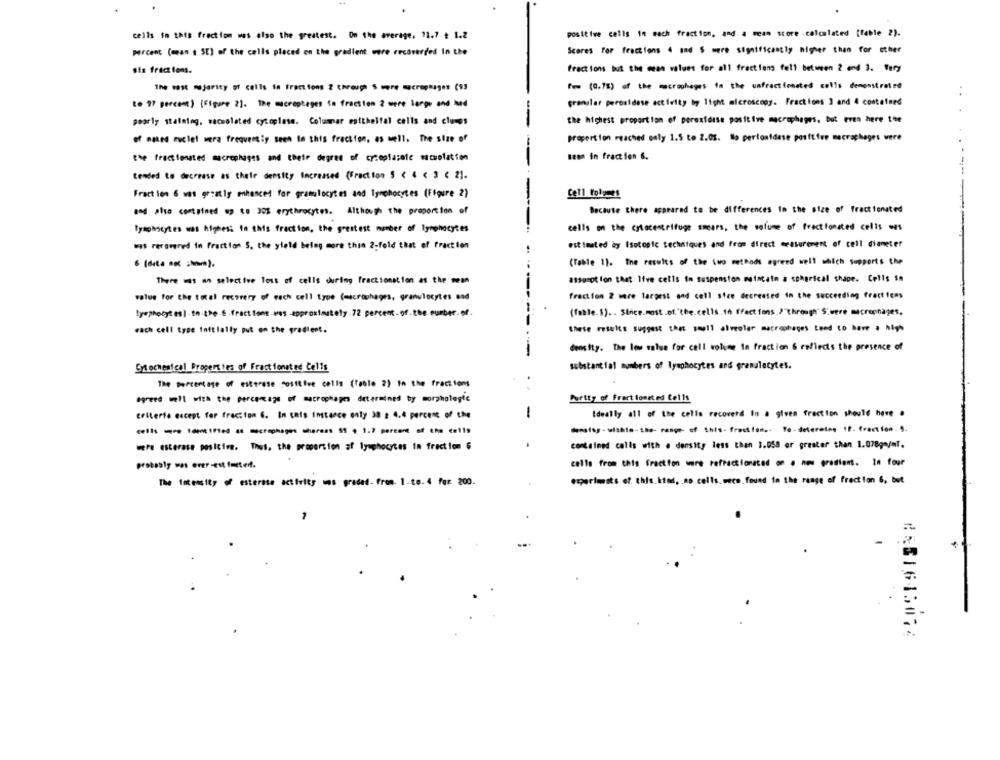
cells in this fraction was also the greatest. On the average, 71.7 ₺ 1.2
positive cells in mach fraction, and a mean score .calculated [fable 2).
percent (man t SE) of the cells placed on the gradient were recoveryed in the
Scores for fractions 4 and S were significantly higher than for other
six fract lens.
fractions but the mean values for all fraction fell between 2 end 3. Very
The vast majority of cells in fractions 2 through S were macrophages (93
fww (0.7%) of the macrophages in the unfractionated cells demonstrated
to 97 percent ) {Figure 2]. The microptages im fraction 2 were lange and Med
granular peroxidese activity by light microscopy. Fractions 3 and 4 contained
poorly stalaing, wacsolated cytoplasm. Colummar epithelial cells and cluces
-
the highest proportion of perexfalse positive macrophages, but even here the
of naked mclel wera frequently seen In this fraction, as well. The size of
propert fon reached only 1.5 to 2.05. lo pertoaidese positive macrophages were
the fractionated macrophages and their degree of cytoplazale mowelation
-
Been in fraction 6.
tended to decrease as their density Increased (Fraction 5 < 4 < 3 € 21.
Fraction 6 wat greatly enhanced for granulocytes and lymphocytes (Figure 2)
Cell Folgmes
-
and also contained up to 30% erythrocytes. Although the proportion of
Because there appeared to be differences in the size of fractionated
lymphocytes was hippes: in this fraction, the greatest number of lymphocytes
cells on the cylacentrifuge smears, the volume of fractionated cells wes
estimated ay Isotopic techniques and from direct measurement of cell diameter
was recovered in fraction 5, the yfeld beleg more than 2-fold that of fraction
6 (dıta .x :hm).
(Table 1). The results of the two methods agreed well which supports the
There was an selective loss of cells chrimg fractionation as the wem
atsurot lon that Ifve cells in suspension maintain a spherical shape. Cells 5m
value for the total recovery of each cell type (macrophages, granulocytes ssd
fraction 2 ware largest and cell siee decreated in the succeeding fractions
lymphocytes) -in-the-6 fractions-was approximately.72 percent of the number.of.
(fable.1) .. Since.most.of."the.cells.th If'fact fons.)"through" S'were macronnages,
these results suggest that small alveolar macrophages tend to have a high
each cell type Initially put on the gradlert.
deosity. The low value for cell volume In fraction & reflects the presence of
substantial numbers of lymphocytes and granulocytes.
Cytochemical Properties of Fractionated Celis
The percentage of esterase costtive cells (Table 2) in the fractions
agreed well with the percentage of macrophages determined by morphologie
Purity of Fract fonet ed Cells
criterio eucept for fraction 6. In this Instance only 38 2 4.4 percent of the
-
Ideally all of the cells recoverd in a given fraction should have .
density . wishto-the- range- of this- fractfan .. Te- detereleg IE. fract fos.5.
were esterase positive. Thus, the proportion af lymphocytes in fraction 6
contained calls with . density less than 1.058 or greater than 1.078g /ml.
probably mas orer-est Imeted.
calle from this fraction wore refractionsted o .
nes gradient. In four
The Intensity of esterase activity
raded- from. 1.to- 4 far 200.
experiments of. this.Itod, . no.cells.weco.found in the range of fraction 6, but
#551615074